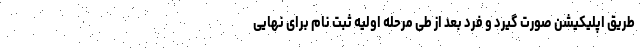
طریق اپلیکیشن صورت گیرد و فرد بعد از طی مرحله اولیه ثبت نام برای نهایی